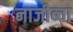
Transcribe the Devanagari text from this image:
नाजीब्चा